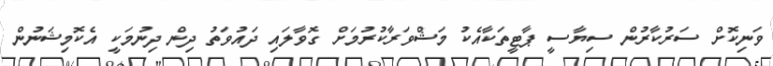
ވަނިކޮށް ސަރުކާރުން ސިޔާސީ ޕާޓީތަކާއެކު މަޝްވަރާކުރުމަށް ގޮވާލައި ދައުވަތު ދިން ދިނުމަކީ އެކޮމިޝަނުން